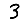
Digit: 3